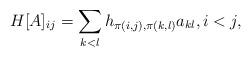
LaTeX: \begin{align*}H[A]_{ij} = \sum_{k<l} h_{\pi(i,j),\pi(k,l)}a_{kl}, i<j,\end{align*}